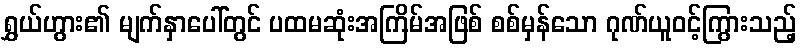
ရွှယ်ဟွား၏ မျက်နှာပေါ်တွင် ပထမဆုံးအကြိမ်အဖြစ် စစ်မှန်သော ဂုဏ်ယူဝင့်ကြွားသည့်